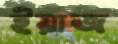
ইয়াজ